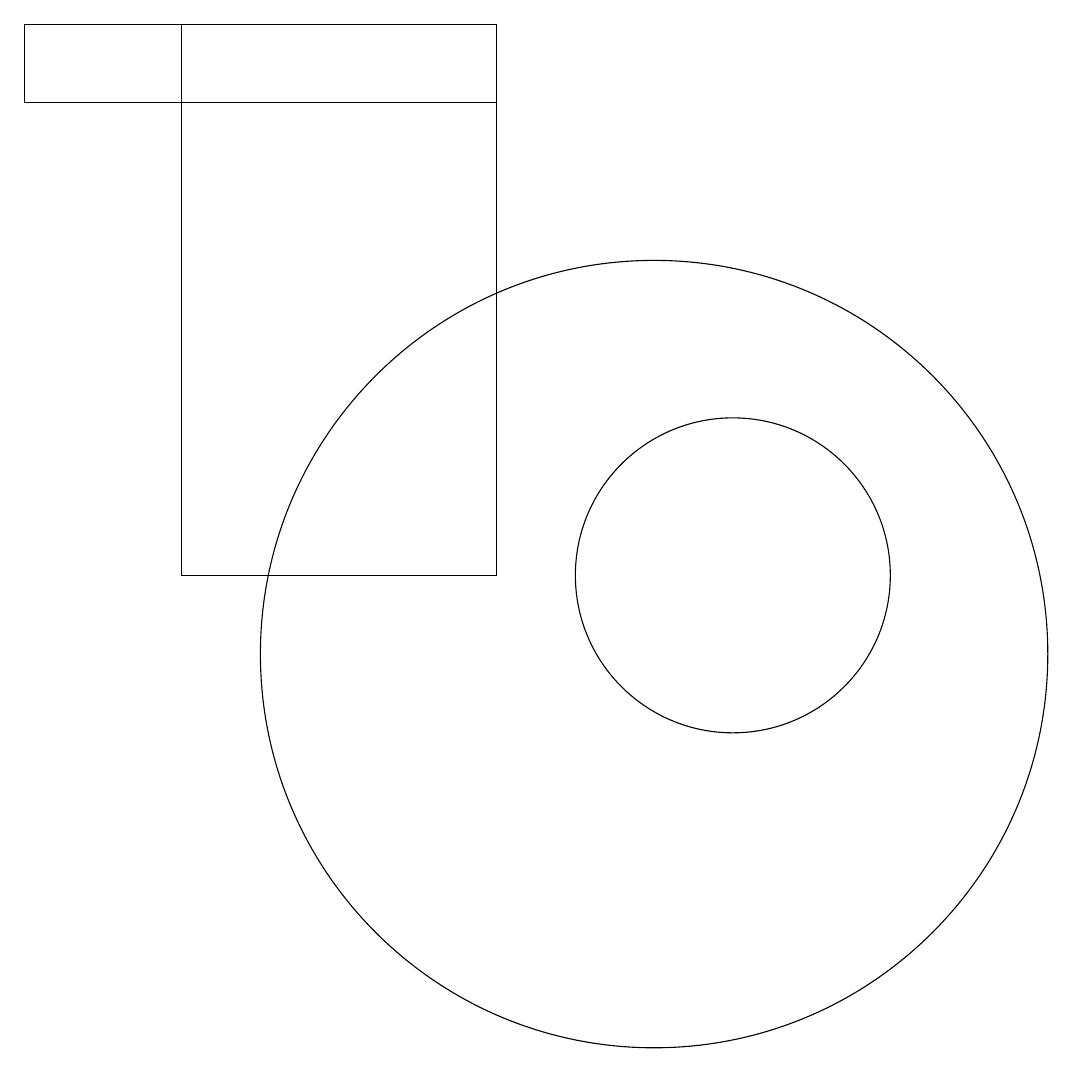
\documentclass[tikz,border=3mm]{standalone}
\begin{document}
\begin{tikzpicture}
\draw (10,10) circle (5);
\draw (8,18) rectangle (4,11);
\draw (11,11) circle (2);
\draw (8,17) rectangle (2,18);
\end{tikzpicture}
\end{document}